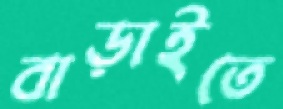
বাড়াইতে